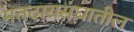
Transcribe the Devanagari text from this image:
मतदारासंघातील